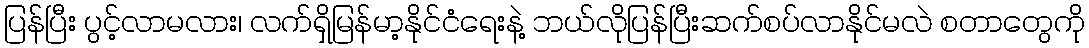
ပြန်ပြီး ပွင့်လာမလား၊ လက်ရှိမြန်မာ့နိုင်ငံရေးနဲ့ ဘယ်လိုပြန်ပြီးဆက်စပ်လာနိုင်မလဲ စတာတွေကို